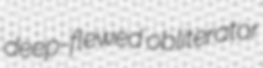
deep-flewed obliterator